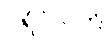
ပရိဝိသတိ